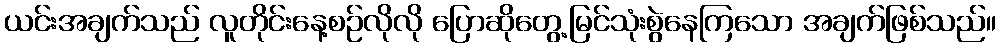
ယင်းအချက်သည် လူတိုင်းနေ့စဉ်လိုလို ပြောဆိုတွေ့မြင်သုံးစွဲနေကြသော အချက်ဖြစ်သည်။